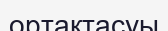
ортақтасуы